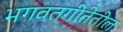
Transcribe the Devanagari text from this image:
भगवतगीतेतील